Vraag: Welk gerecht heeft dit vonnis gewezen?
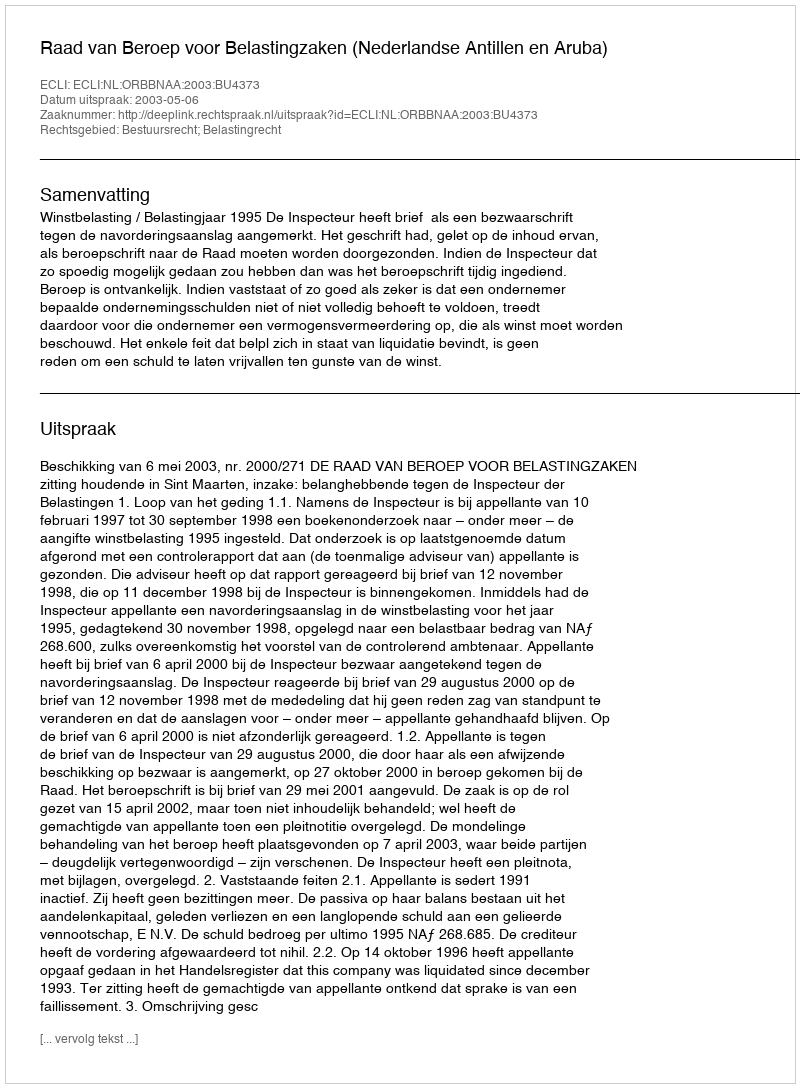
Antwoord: Raad van Beroep voor Belastingzaken (Nederlandse Antillen en Aruba)